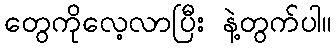
တွေကိုလေ့လာပြီး နဲ့တွက်ပါ။